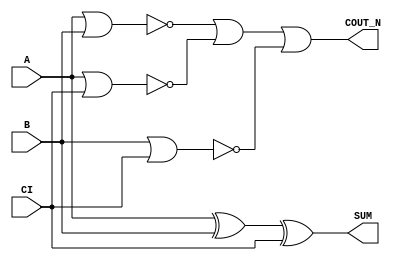
module sky130_fd_sc_ms__fahcon (
    COUT_N,
    SUM   ,
    A     ,
    B     ,
    CI
);

    // Module ports
    output COUT_N;
    output SUM   ;
    input  A     ;
    input  B     ;
    input  CI    ;

    // Local signals
    wire xor0_out_SUM ;
    wire a_b          ;
    wire a_ci         ;
    wire b_ci         ;
    wire or0_out_coutn;

    //  Name  Output         Other arguments
    xor xor0 (xor0_out_SUM , A, B, CI       );
    buf buf0 (SUM          , xor0_out_SUM   );
    nor nor0 (a_b          , A, B           );
    nor nor1 (a_ci         , A, CI          );
    nor nor2 (b_ci         , B, CI          );
    or  or0  (or0_out_coutn, a_b, a_ci, b_ci);
    buf buf1 (COUT_N       , or0_out_coutn  );

endmodule